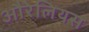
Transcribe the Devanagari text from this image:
औरेलियस